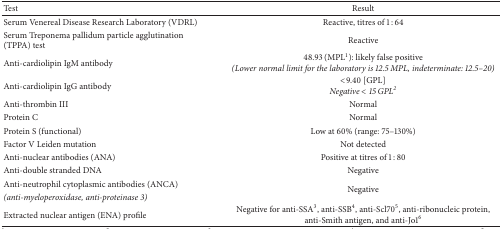
<table><thead><tr><td><b>Test</b></td><td><b>Result</b></td></tr></thead><tbody><tr><td>Serum Venereal Disease Research Laboratory (VDRL)</td><td>Reactive, titres of 1 : 64</td></tr><tr><td>Serum Treponema pallidum particle agglutination (TPPA) test</td><td>Reactive</td></tr><tr><td>Anti-cardiolipin IgM antibody</td><td>48.93 (MPL<sup>1</sup>): likely false positive<i>(Lower normal limit for the laboratory is 12.5 MPL, indeterminate: 12.5–20)</i></td></tr><tr><td>Anti-cardiolipin IgG antibody</td><td>&lt;9.40 [GPL]<i>Negative &lt; 15 GPL</i><sup><i>2</i></sup></td></tr><tr><td>Anti-thrombin III</td><td>Normal</td></tr><tr><td>Protein C</td><td>Normal</td></tr><tr><td>Protein S (functional)</td><td>Low at 60% (range: 75–130%)</td></tr><tr><td>Factor V Leiden mutation</td><td>Not detected</td></tr><tr><td>Anti-nuclear antibodies (ANA)</td><td>Positive at titres of 1 : 80</td></tr><tr><td>Anti-double stranded DNA</td><td>Negative</td></tr><tr><td>Anti-neutrophil cytoplasmic antibodies (ANCA)</td><td rowspan="2">Negative</td></tr><tr><td><i>(anti-myeloperoxidase, anti-proteinase 3)</i></td></tr><tr><td>Extracted nuclear antigen (ENA) profile</td><td>Negative for anti-SSA<sup>3</sup>, anti-SSB<sup>4</sup>, anti-Scl70<sup>5</sup>, anti-ribonucleic protein, anti-Smith antigen, and anti-Jo1<sup>6</sup></td></tr></tbody></table>